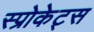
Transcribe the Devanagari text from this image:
स्प्रोकेट्स